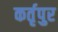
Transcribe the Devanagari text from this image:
कर्तृपुर